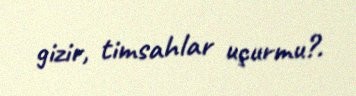
gizir, timsahlar uçurmu?.